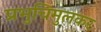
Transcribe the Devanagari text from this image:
प्रभुचिमुलकर